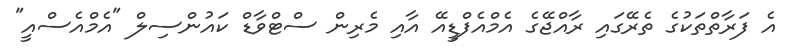
އެ ފަރާތްތަކުގެ ތެރޭގައި ރާއްޖޭގެ އެމްއެފްޑީއޭ އާއި މެރިން ސްޓްވާޑް ކައުންސިލް "އެމްއެސްއީ"